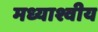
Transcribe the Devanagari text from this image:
मध्याश्वीय